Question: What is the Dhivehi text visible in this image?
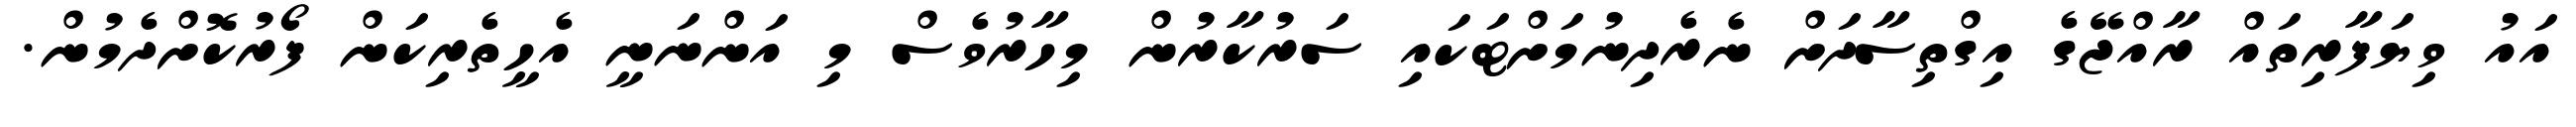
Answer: އައު ވިޔަފާރިތައް ރާއްޖޭގެ އިގްތިސާދަށް ނެރެދިނުމަށްޓަކައި ސަރުކާރުން މިހާރުވެސް މި އަންނަނީ އެހީތެރިކަން ފޯރުކޮށްދެމުން.